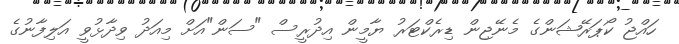
ހައްޖު ކޯޕަރޭޝަންގެ މެނޭޖިން ޑިރެކްޓަރު ޔާމީން އިދުރީސް "ސަން"އަށް މިއަދު ވިދާޅުވީ އަލިފާނުގެ